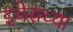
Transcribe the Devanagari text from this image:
इचेसच्या